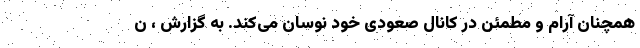
همچنان آرام و مطمئن در کانال صعودی خود نوسان می‌کند. به گزارش ، ن